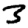
Digit: 3